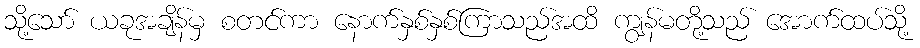
သို့သော် ယခုအချိန်မှ စတင်ကာ နောက်နှစ်နှစ်ကြာသည်အထိ ကျွန်မတို့သည် အောက်ထပ်သို့